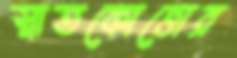
স্নাতকোত্তোর